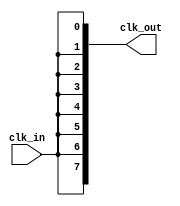
module HighFanoutClockBuffer (
    input wire clk_in,            // Input clock signal
    output wire [N-1:0] clk_out   // Array of output clock signals
);
    parameter N = 8;              // Number of outputs, can be adjusted based on requirements

    // Internal signal for buffered clock
    wire clk_buf;

    // Buffering stage using a simple inverter-based buffer (for illustration)
    // In practice, a more complex driver may be used depending on the technology
    generate
        genvar i;
        for (i = 0; i < N; i = i + 1) begin: buffer
            assign clk_buf = clk_in;  // Directly connect input to internal buffer
            assign clk_out[i] = clk_buf; // Drive each output with the buffered clock
        end
    endgenerate

endmodule